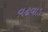
વઢવાડ